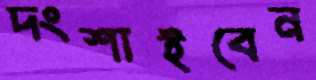
দংশাইবেন